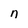
Character: n